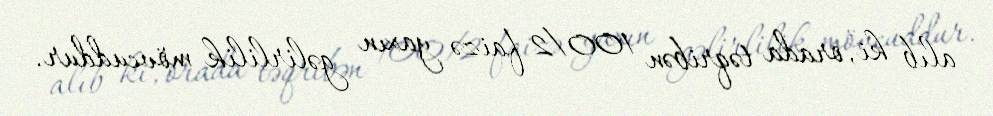
alıb ki, orada təqribən 100/2 faizə yaxın gəlirlilik mövcuddur.